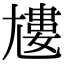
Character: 𡰌